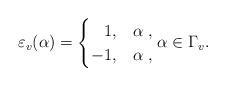
LaTeX: \begin{gather*}\varepsilon_v(\alpha) = \begin{cases}\hphantom{-}1, & \alpha \ , \\-1, & \alpha \ ,\end{cases} \alpha \in \Gamma_v.\end{gather*}